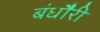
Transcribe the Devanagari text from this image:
बंधौैरी